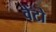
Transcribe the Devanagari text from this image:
वेंटो